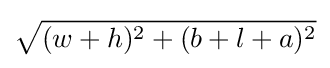
{\sqrt {(w+h)^{2}+(b+l+a)^{2}}}